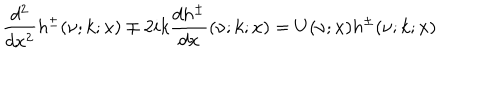
\frac { d ^ { 2 } } { d x ^ { 2 } } h ^ { \pm } ( \nu ; k ; x ) \mp 2 i k \frac { d h ^ { \pm } } { d x } ( \nu ; k ; x ) = U ( \nu ; x ) h ^ { \pm } ( \nu ; k ; x )